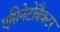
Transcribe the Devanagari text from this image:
एसिनेटोबैक्टर